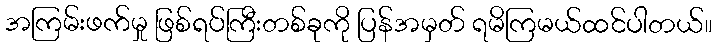
အကြမ်းဖက်မှု ဖြစ်ရပ်ကြီးတစ်ခုကို ပြန်အမှတ် ရမိကြမယ်ထင်ပါတယ်။